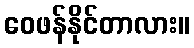
ဝေဖန်နိုင်တာလား။